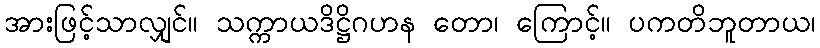
အားဖြင့်သာလျှင်။ သက္ကာယဒိဋ္ဌိဂဟန တော၊ ကြောင့်။ ပကတိဘူတာယ၊